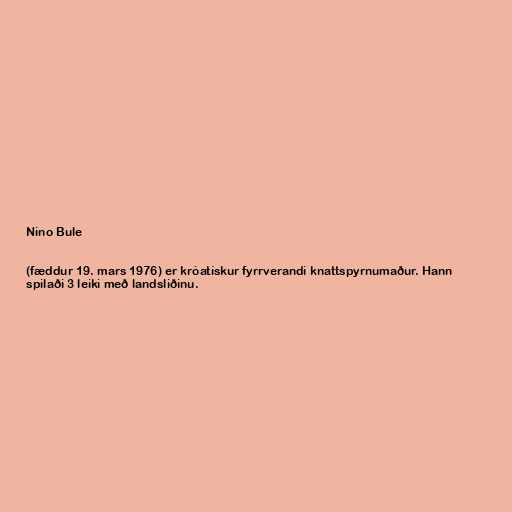
Nino Bule

(fæddur 19. mars 1976) er króatískur fyrrverandi knattspyrnumaður. Hann
spilaði 3 leiki með landsliðinu.